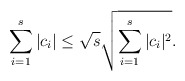
\begin{align*} \sum_{i=1}^s |c_{i}| \leq \sqrt{s} \sqrt{\sum_{i=1}^s |c_{i}|^{2}}.\end{align*}